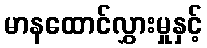
မာနထောင်လွှားမှုနှင့်